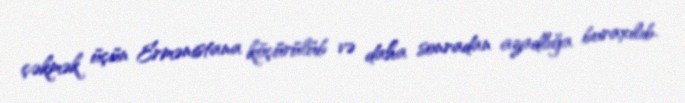
çəkmək üçün Ermənistana köçürülüb və daha sonradan azadlığa buraxılıb.